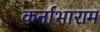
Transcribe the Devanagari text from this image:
कर्नाभाराम